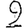
Digit: 2